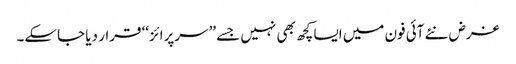
غرض نئے آئی فون میں ایسا کچھ بھی نہیں جسے ’’سرپرائز‘‘ قرار دیا جاسکے۔